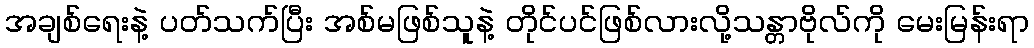
အချစ်ရေးနဲ့ ပတ်သက်ပြီး အစ်မဖြစ်သူနဲ့ တိုင်ပင်ဖြစ်လားလို့သန္တာဗိုလ်ကို မေးမြန်းရာ